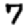
Digit: 7